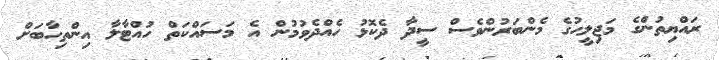
ރައްޔިތުންގެ މަޖިލީހުގެ މެންބަރުންވެެސް ސީދާ ދެކޮޅު ހެއްދެވުމުން އެ މަސައްކަތް ހުއްޓާލާ އިންތިހާބަށް